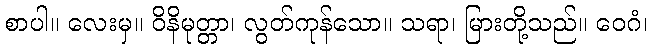
စာပါ။ လေးမှ။ ဝိနိမုတ္တာ၊ လွတ်ကုန်သော။ သရာ၊ မြားတို့သည်။ ဝေဂံ၊